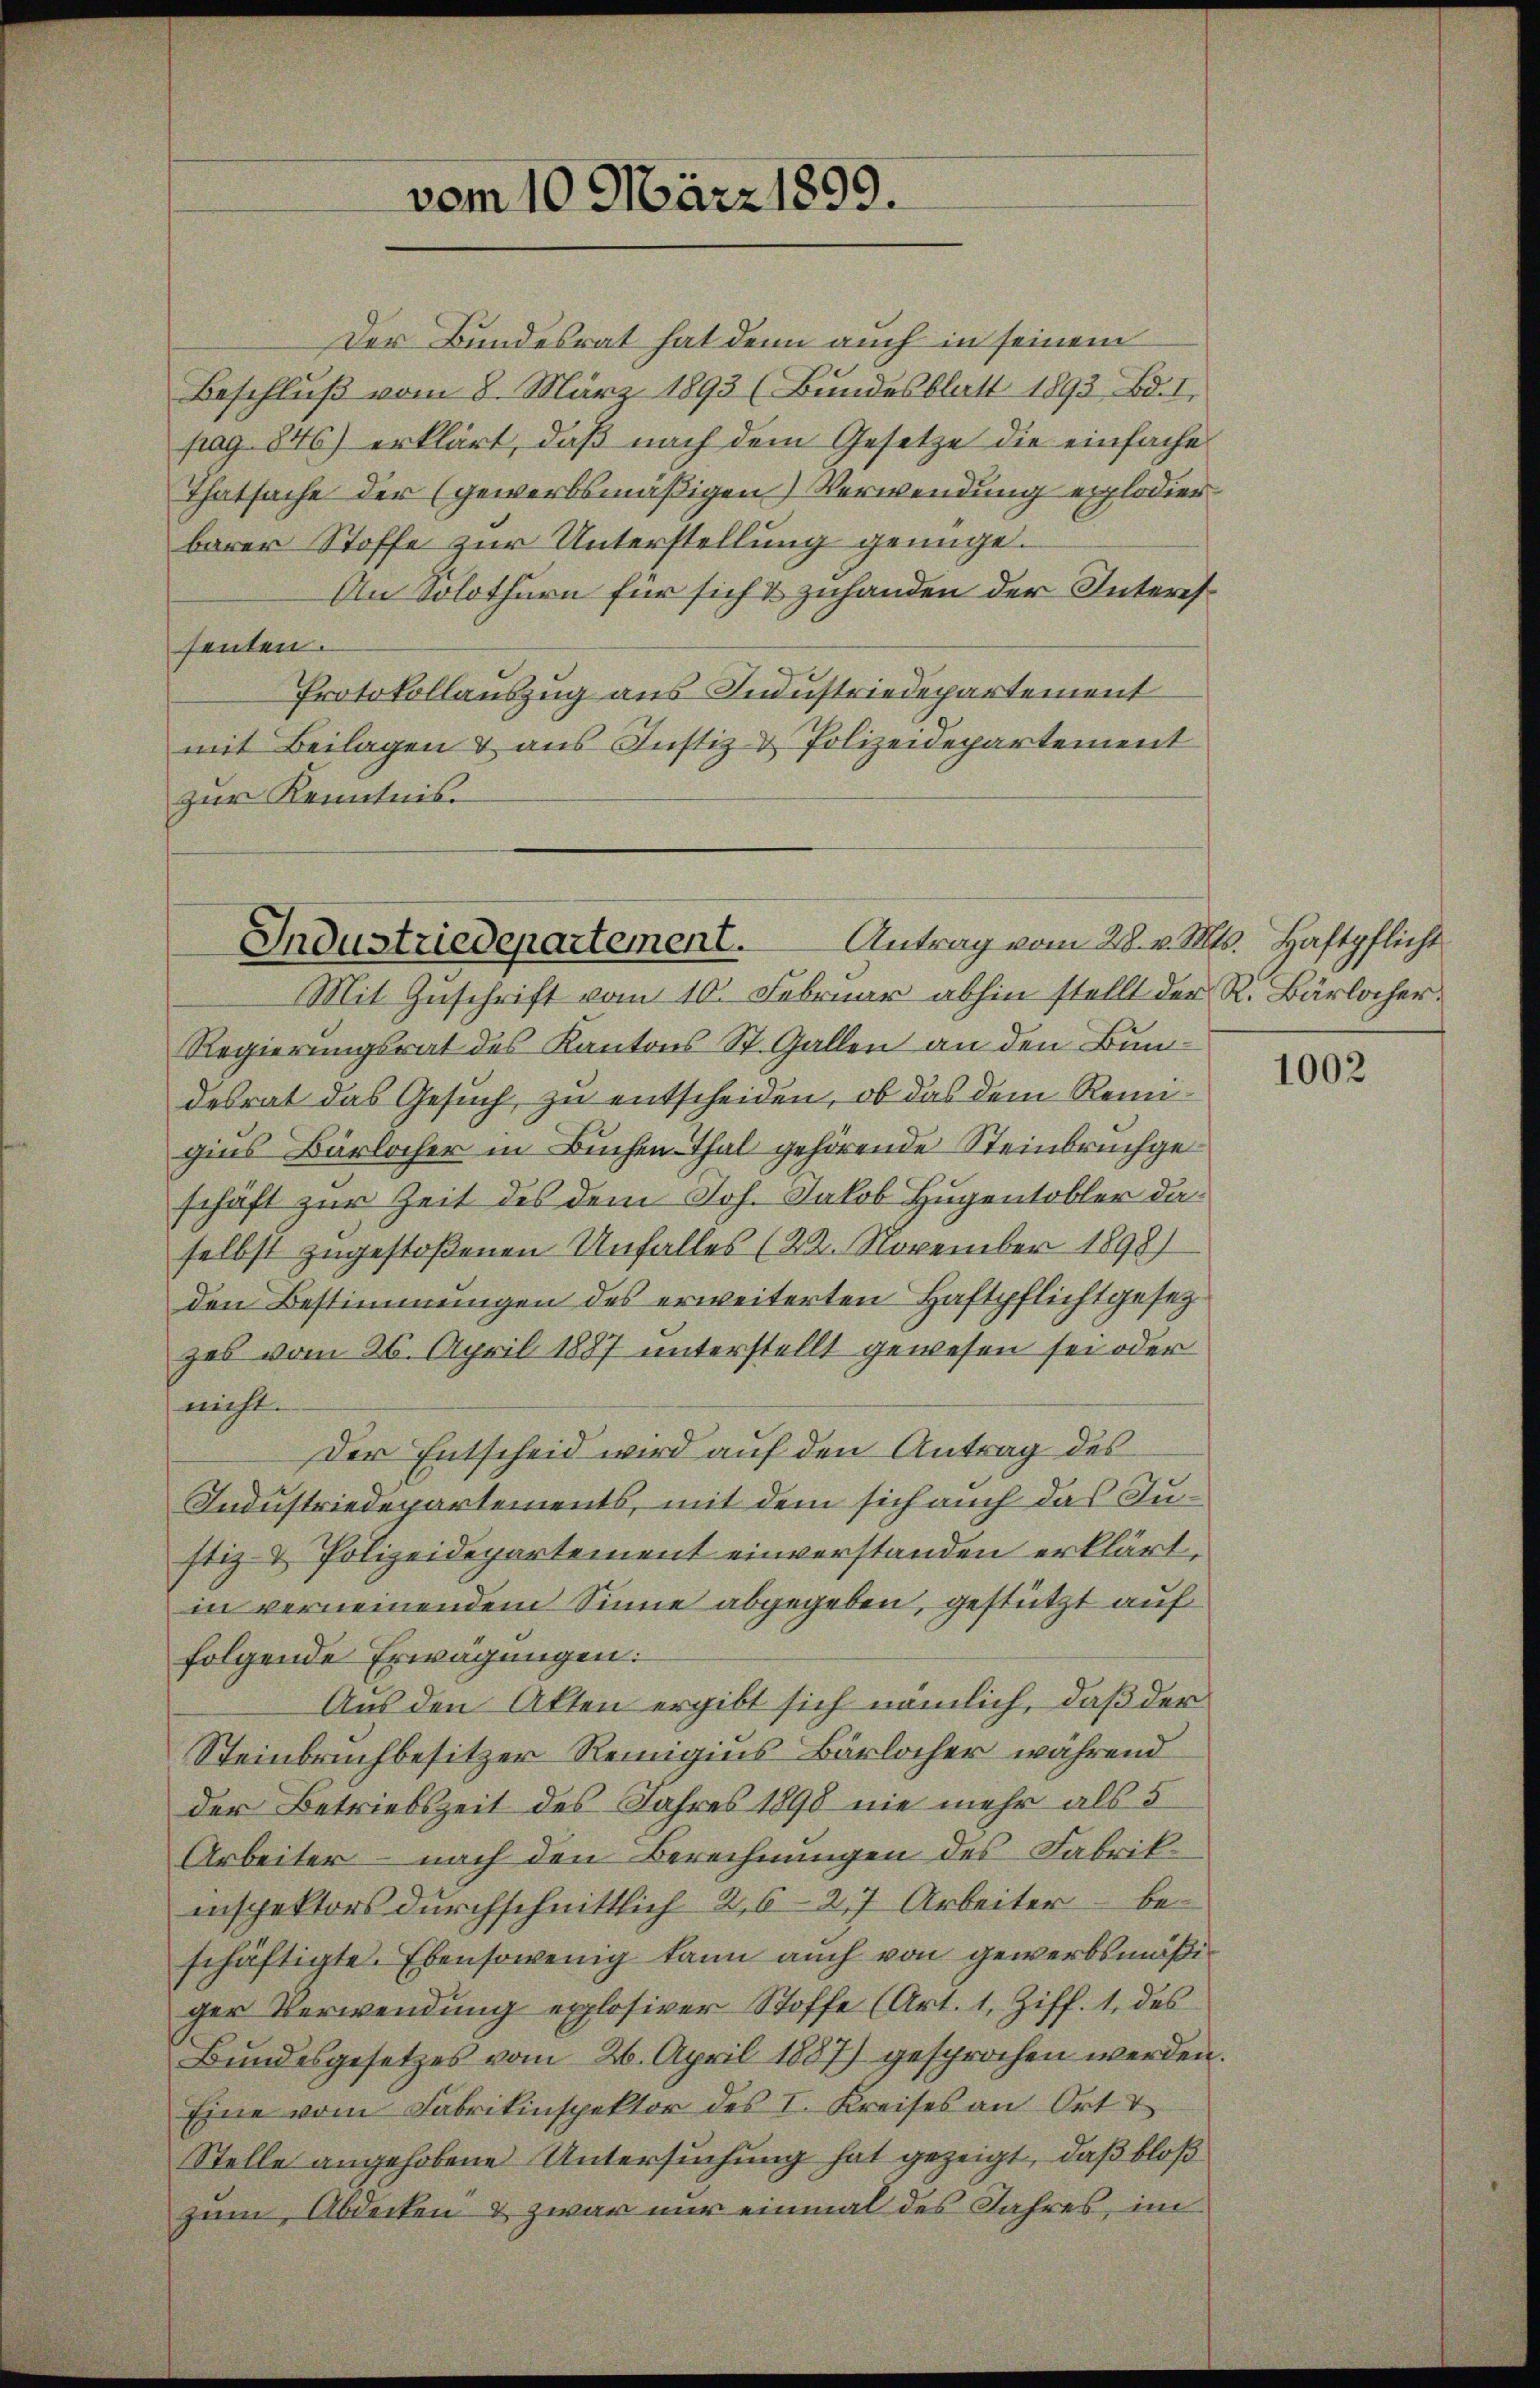
vom 10. März 1899.

Antrag vom 28. v. Mts. Haftpflicht
Industriedepartement.

Mit Geschrift vom 10. Februar abhin stellt der R. Bärlocher¬
Regierungsrat des Kantons St. Gallen an den Bundesrat das Gesuch zu entscheiden, ob das dem Renn
gins Bärlocher in Buchen Thal gehörende Steinbruchgeschäft zur Zeit des dem Joh. Jakob Hugentobler daselbst zugestoßenen Unfalles (22. November 1898)
den Bestimmungen des erweiterten Haftpflicht gesezzes vom 26. April 1887 unterstellt gewesen sei oder
nicht.
Der Entscheid wird auf den Antrag des
Industriedepartements, mit dem sich auch das Justiz & Polizeidepartement einverstanden erklärt.
in verneinendem Sinne abgegeben, gestützt auf
folgende Erwägungen:
Aus den Alten ergibt sich nämlich, daß der
Steinbruchbesitzer Reinigius Bärlocher während
der Betriebszeit des Jahres 1898 nie mehr als 5
Arbeiter – nach den Berechnungen des Fabrikinspektors durchschnittlich 2,627 Arbeiter – beschäftigte. Ebensowenig kann auch von gewerbsmäßiger Verwendung explosiver Stoffe (Art. 1, Ziff. 1. des
Bundesgesetzes vom 26. April 1887) gesprochen werden.
Eine vom Fabrikinspektor des I. Kreises an Ort &
Stelle angehobene Untersuchung hat gezeigt, daß bloß
zum Abdecken & zwar nur einmal des Jahres, im

Der Bundesrat hat denn auch in seinem
Beschluß vom 8. März 1893 (Bundesblatt 1893 Bd. I,
pag. 846) erklärt, daß nach dem Gesetze die einfache
Thatsache der (gewerbsmäßigen Verwendung erlodier
barer Stoffe zur Unterstellung genüge.
An Solothurn für sich & zuhanden der Interessenten.
Protokollauszug aus Industriedepartement
mit Beilagen & aus Justiz & Polizeidepartement
zur Kenntnis.

1002